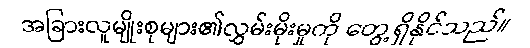
အခြားလူမျိုးစုများ၏လွှမ်းမိုးမှုကို တွေ့ရှိနိုင်သည်။